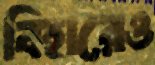
বিহারেও